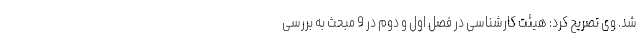
شد. وی تصریح کرد: هیئت کارشناسی در فصل اول و دوم در 9 مبحث به بررسی